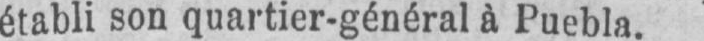
établi son quartier-général à Puebla.